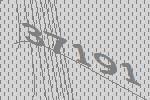
37191